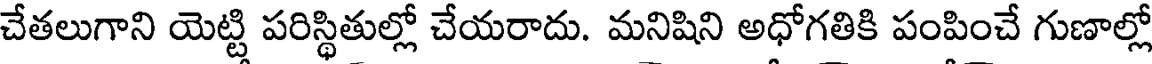
చేతలుగాని యెట్టి పరిస్థితుల్లో చేయరాదు. మనిషిని అధోగతికి పంపించే గుణాల్లో